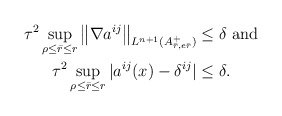
\begin{align*}\tau^2\sup\limits_{\rho \leq \bar{r} \leq r} \left\| \nabla a^{ij} \right\|_{L^{n+1}(A_{\bar{r}, e \bar{r}}^+)} &\leq \delta \mbox{ and }\\\tau^2\sup\limits_{\rho \leq \bar{r} \leq r} |a^{ij}(x)-\delta^{ij}|&\leq \delta.\end{align*}